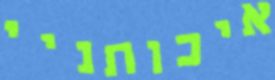
איכותניי